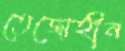
তেজোহীন